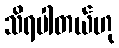
သိရပါတယ်ဟု